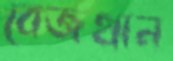
বেজখান